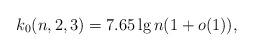
LaTeX: \begin{align*}k_0(n,2,3)=7.65\lg n(1+o(1)),\end{align*}